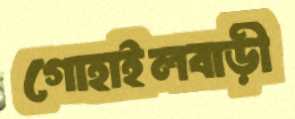
গোহাইলবাড়ী